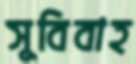
সুবিবাহ